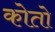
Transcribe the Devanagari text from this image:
कोतो